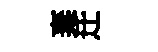
棄迁